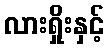
လားရှိုးနှင့်